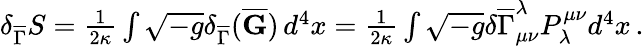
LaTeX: \begin{array}{r}{\delta_{\overline{{\Gamma}}}S=\frac{1}{2\kappa}\int\sqrt{-g}\delta_{\overline{{\Gamma}}}(\overline{{\mathbf{G}}})\, d^{4}x=\frac{1}{2\kappa}\int\sqrt{-g}\delta\overline{{\Gamma}}_{\mu\nu}^{\lambda}P^{\mu\nu}_{\lambda}d^{4}x\, .}\end{array}